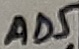
Text: AD5